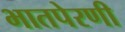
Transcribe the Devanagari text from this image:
भातपेरणी